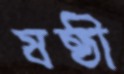
ষষ্ঠী